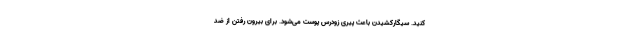
کنید. سیگارکشیدن باعث پیری زودرس پوست می‌شود. برای بیرون رفتن از ضد